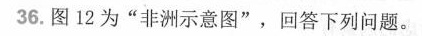
36.图12为“非洲示意图”，回答下列问题。